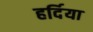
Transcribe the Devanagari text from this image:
हर्दिया